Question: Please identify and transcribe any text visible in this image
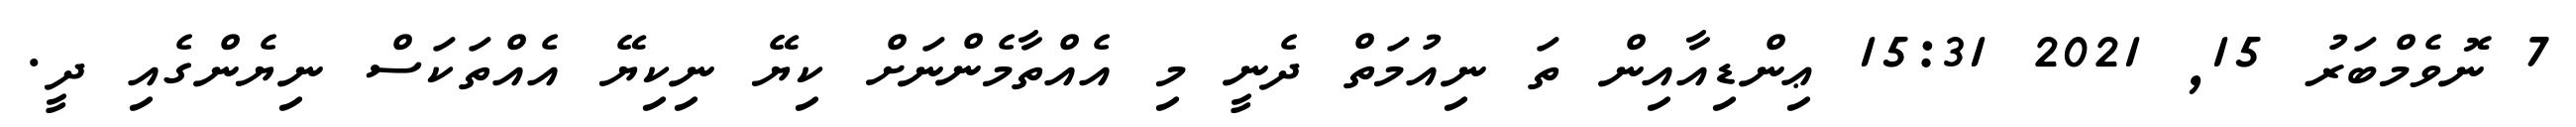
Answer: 7 ނޮވެމްބަރު 15, 2021 15:31 ޢިންޑިއާއިން ތަ ނިއުމަތް ދެނީ މި އެއްތާމެންނަށް ކިޔޭ ނިކިޔޭ އެއްތަކަސް ނިޔެންގެއި ދީ.